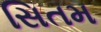
સિતમ